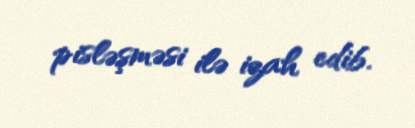
pisləşməsi ilə izah edib.